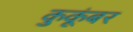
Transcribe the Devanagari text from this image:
कुकूंबर